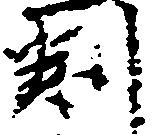
判